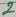
Text: 2